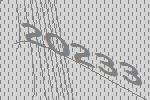
20233